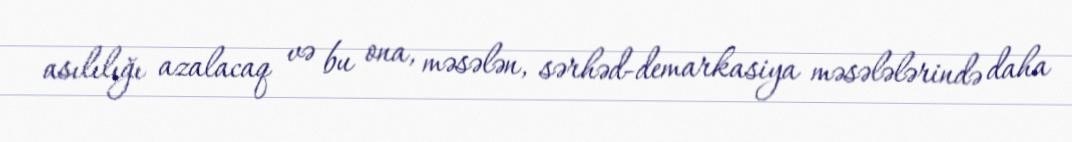
asılılığı azalacaq və bu ona, məsələn, sərhəd-demarkasiya məsələlərində daha